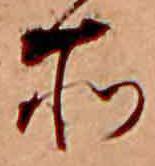
所